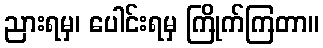
ညားရမှ၊ ပေါင်းရမှ ကြိုက်ကြတာ။